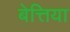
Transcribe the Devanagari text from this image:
बेत्तिया